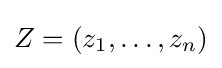
Z=(z_{1},\dots ,z_{n})